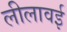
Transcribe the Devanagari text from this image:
लीलावई